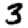
Digit: 3